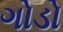
ગોડો